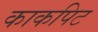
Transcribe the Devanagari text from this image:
काकपिट